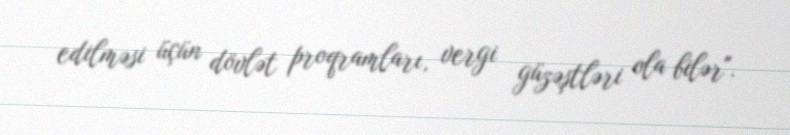
edilməsi üçün dövlət proqramları, vergi güzəştləri ola bilər".